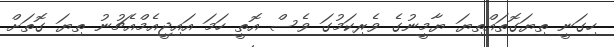
ހިގަނީ ތިޔަގޮތައްތިޔަ ޔާމީނުގެ ވެރިކަމުގަ ވެސް އޮތީ ހަމަ އައިޖީއެމްއެޗުނު ތިޔަ ގޮތަށް